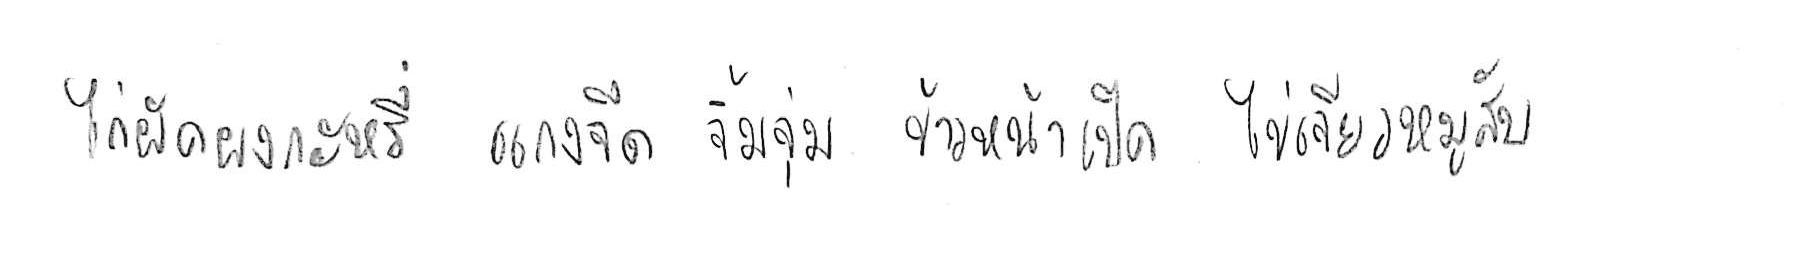
ไก่ผัดผงกะหรี่ แกงจืด จิ้มจุ่ม ข้าวหน้าเป็ด ไข่เจียวหมูสับ